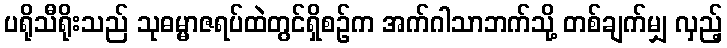
ပရိုသီရိုးသည် သုဓမ္မာဇရပ်ထဲတွင်ရှိစဉ်က အက်ဂါသာဘက်သို့ တစ်ချက်မျှ လှည့်